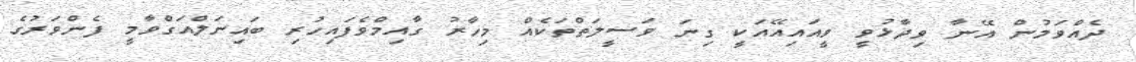
ދެއްވަމުން އޭނާ ވިދާޅުވީ ވީއައިއޭއަކީ ގިނަ ވަސީލަތްތަކެއް މިހާރު ގާއިމްވެފައިހުރި ބައިނަލްއަގްވާމީ ފެންވަރުގެ